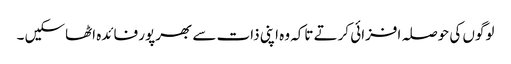
لوگوں کی حوصلہ افزائی کرتے تاکہ وہ اپنی ذات سے بھرپور فائدہ اٹھاسکیں ۔